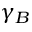
\gamma _ { B }